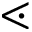
\lessdot